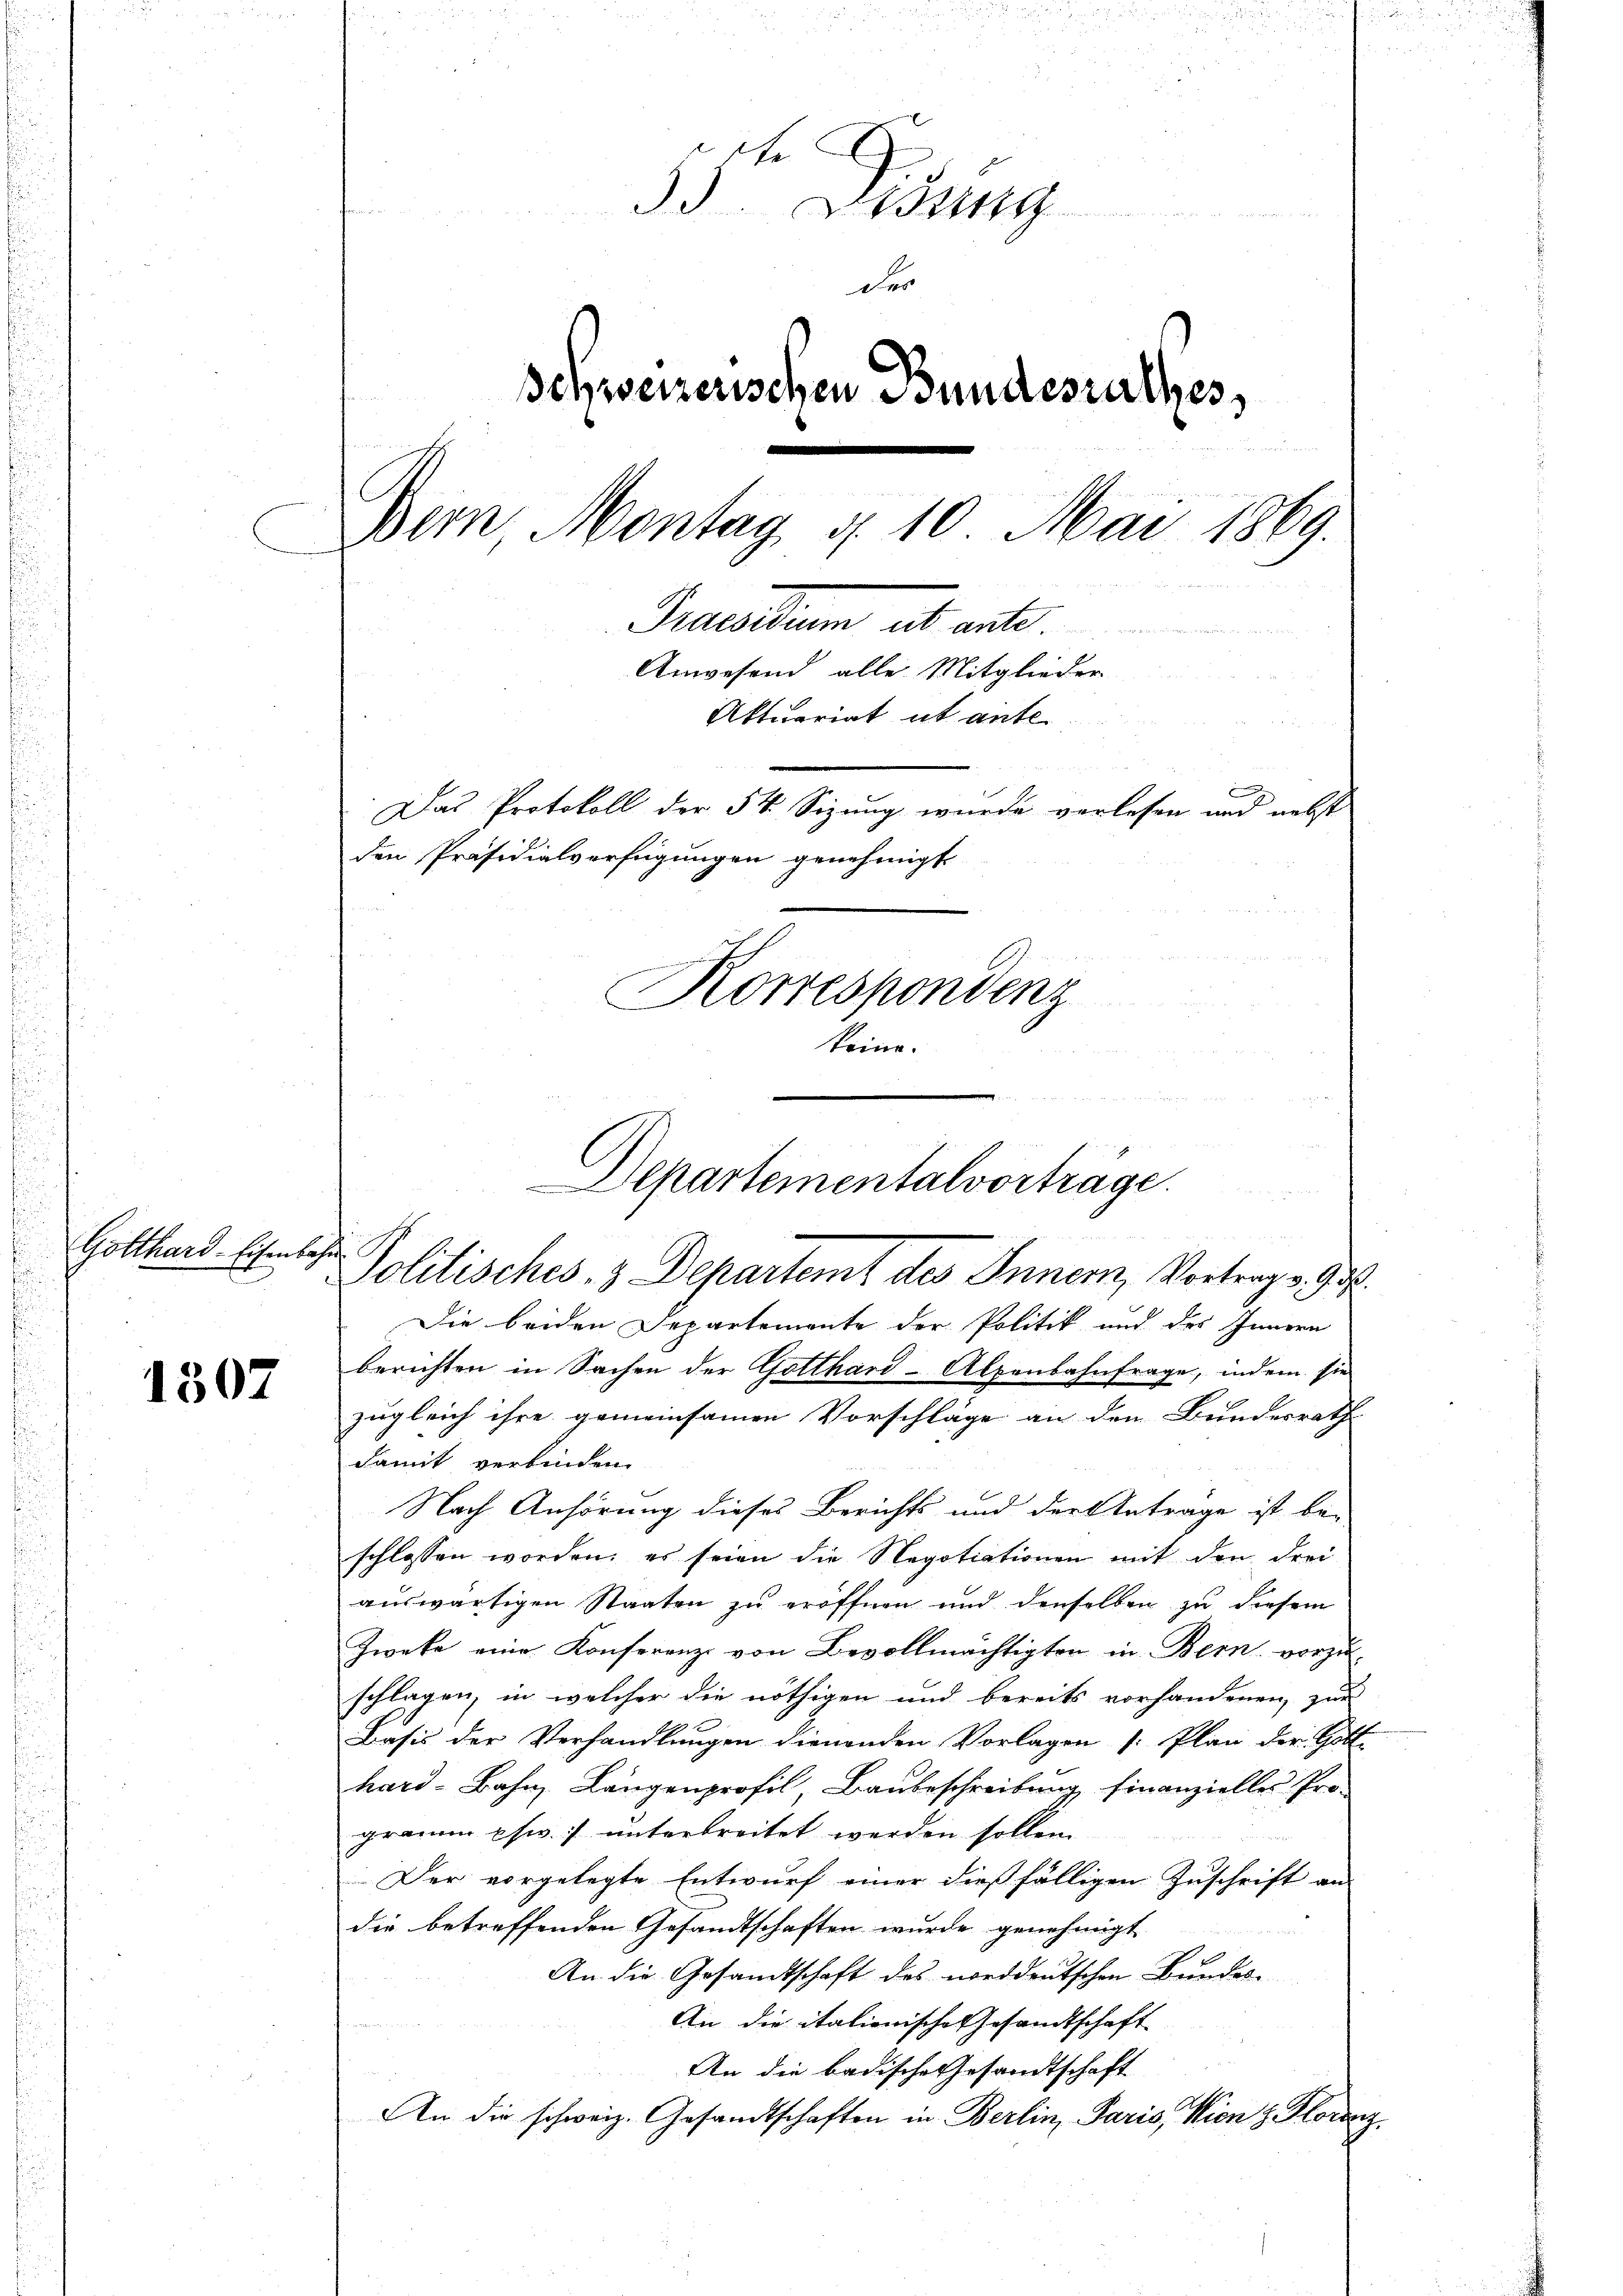
Gotthard-Eisenbahn.

1507

u
e
33. Lesung
¬
der
schweizerischen Bundesrathes,

Bern, Montag d. 10. Mai 1869.
Muentum ab mit.
Anwesend alle Mitglieder
Aktuariat it ante
e
Das Protokoll der 54. Sizung wurde verlesen und nebst
den Präsidialverfügungen genehmigt
n
Korrespondenz
keine.

Departementalvortrage.
Politisches, 3 Departemt des Inner, Vortrag v. Got

Die beiden Departemente der Politik und des Innern
berichten in Sachen der Gotthard-Alpenbahnfrage, indem sie
zugleich ihre gemeinsamen Vorschläge an den Bundesrath
damit verbinden.
Nach Anhörung dieses Berichts und der Antrage ist be-
schlossen worden, es seien die Negotiationen mit den drei
auswärtigen Staaten zu eröffnen und denselben zu diesem
Zweke eine Konferenz von Bevollmächtigten in Bern vorzu-
schlagen, in welcher die nöthigen und bereits vorhandenen zur
Basis der Verhandlungen dienenden Vorlagen (: Plan der Gott-
hard-Bahn, Langenprofil, Baubeschreibung finanzielles Pro-
gramm phw. unterbreitet werden sollen.
Der vorgelegte Entwurf einer dießfälligen Zuschrift an
die betreffenden Gesandtschaften wurde genehmigt
An die Gesandtschaft des norddeutschen Bundes-
An die italionische Gesandtschaft
An die badische Gesandtschaft
An die schweiz. Gesandtschaften in Berlin, Paris, Wien z. Florenz